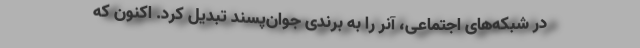
در شبکه‌های اجتماعی، آنر را به برندی جوان‌پسند تبدیل کرد. اکنون که